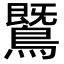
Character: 𪄵